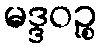
မဒ္ဒဝဉ္စ